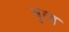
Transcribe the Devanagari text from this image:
वृत्य